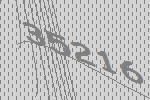
35216